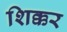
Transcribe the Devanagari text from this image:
शिक्कर